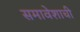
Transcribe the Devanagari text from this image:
समावेशाची